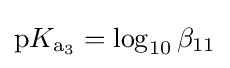
{\mathrm {p} }K_{\mathrm {a} {\vphantom {A}}_{\smash[{t}]{3}}}=\log _{10}\beta _{11}